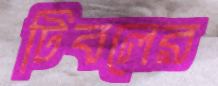
টিবলের